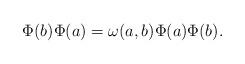
LaTeX: \begin{align*}\Phi(b)\Phi(a)=\omega(a,b)\Phi(a)\Phi(b) .\end{align*}